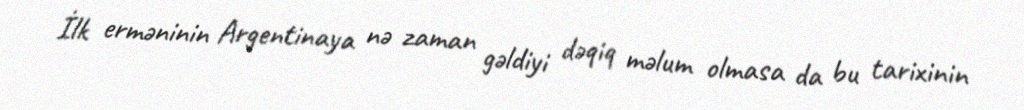
İlk erməninin Argentinaya nə zaman gəldiyi dəqiq məlum olmasa da bu tarixinin